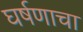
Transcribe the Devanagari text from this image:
घर्षणाचा